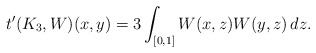
\begin{align*}t'(K_3,W)(x,y) = 3\int_{[0,1]} W(x,z)W(y,z) \, dz.\end{align*}